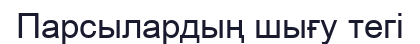
Парсылардың шығу тегі